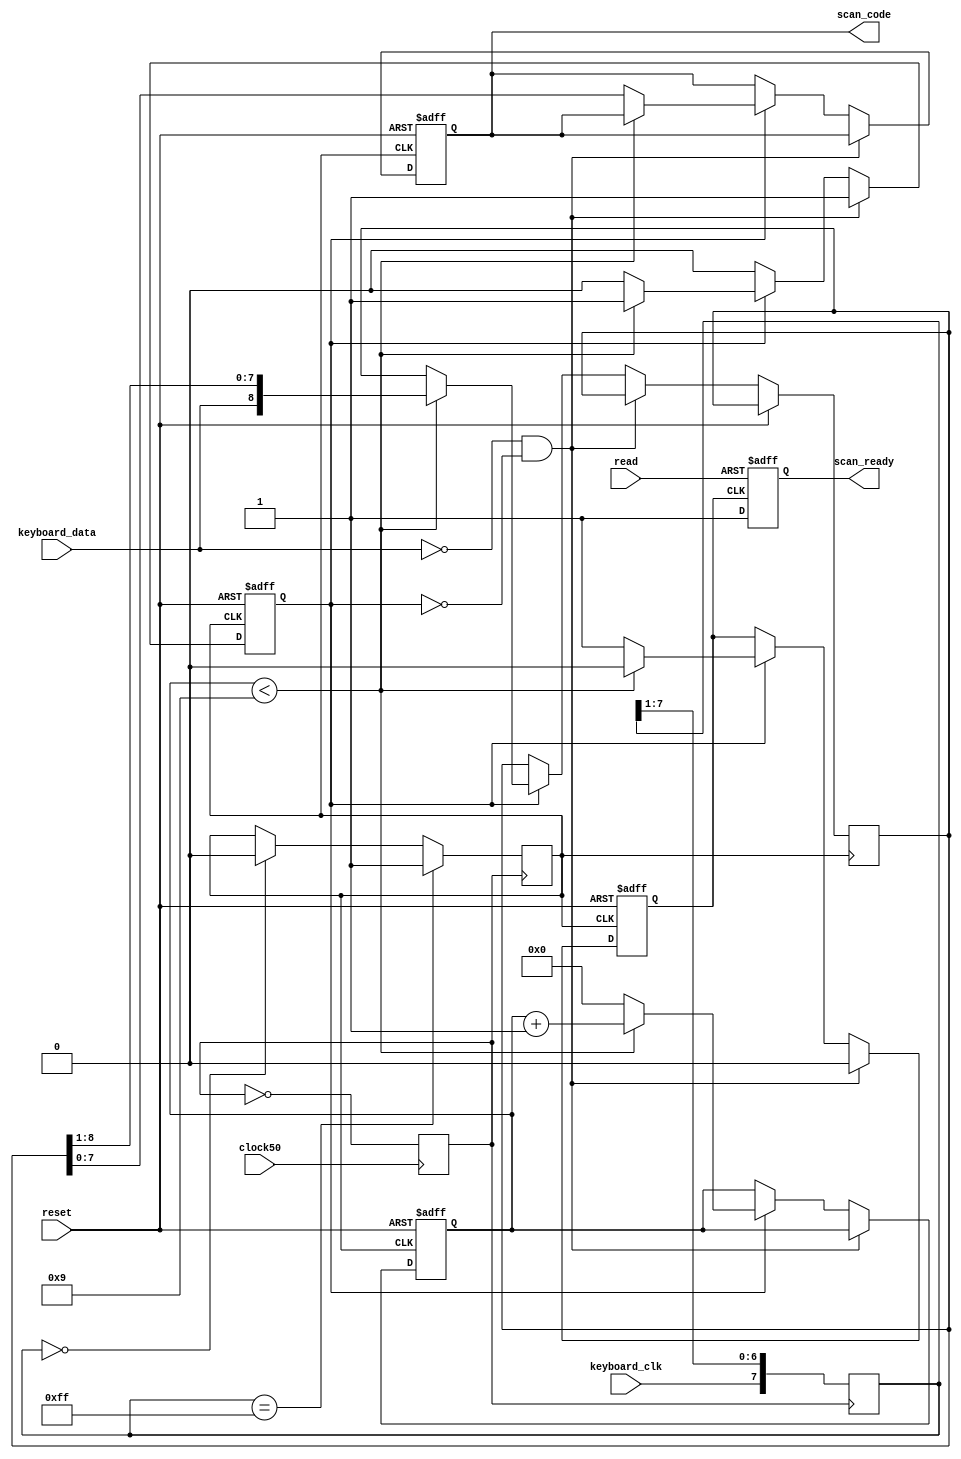
module keyboard(
	input keyboard_clk,
	input keyboard_data,
	input clock50, // 50 MHz system clock
	input reset,
	input read,
	output reg scan_ready,
	output reg [7:0] scan_code
	);

reg ready_set;
reg read_char;
reg clock; // 25 MHz internal clock

reg [3:0] incnt;
reg [8:0] shiftin;

reg [7:0] filter;
reg keyboard_clk_filtered;

// scan_ready is set to 1 when scan_code is available.
// user should set read to 1 and then to 0 to clear scan_ready

always @ (posedge ready_set or posedge read)
if (read == 1) scan_ready <= 0;
else scan_ready <= 1;

// divide-by-two 50MHz to 25MHz
always @(posedge clock50)
	clock <= ~clock;



// This process filters the raw clock signal coming from the keyboard 
// using an eight-bit shift register and two AND gates

always @(posedge clock)
begin
   filter <= {keyboard_clk, filter[7:1]};
   if (filter==8'b1111_1111) keyboard_clk_filtered <= 1;
   else if (filter==8'b0000_0000) keyboard_clk_filtered <= 0;
end


// This process reads in serial data coming from the terminal

always @(posedge keyboard_clk_filtered or posedge reset)
begin
   if (reset==1)
   begin
      incnt <= 4'b0000;
      read_char <= 0;
		scan_code <= 8'b0;
		ready_set <= 0;
   end
   else if (keyboard_data==0 && read_char==0)
   begin
		read_char <= 1;
		ready_set <= 0;
   end
   else
   begin
	   // shift in next 8 data bits to assemble a scan code	
	   if (read_char == 1)
   		begin
      		if (incnt < 9) 
					begin
						incnt <= incnt + 1'b1;
						shiftin <= { keyboard_data, shiftin[8:1]};
						ready_set <= 0;
					end
				else
					begin
						incnt <= 0;
						scan_code <= shiftin[7:0];
						read_char <= 0;
						ready_set <= 1;
					end
			end
	end
end

endmodule